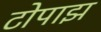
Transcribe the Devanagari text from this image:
टोपाझ